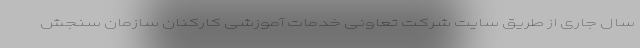
سال جاری از طریق سایت شرکت تعاونی خدمات آموزشی کارکنان سازمان سنجش